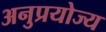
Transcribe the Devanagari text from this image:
अनुप्रयोज्य